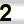
Digit: 2